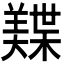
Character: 𬙾